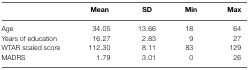
<table><thead><tr><td></td><td><b>Mean</b></td><td><b>SD</b></td><td><b>Min</b></td><td><b>Max</b></td></tr></thead><tbody><tr><td>Age</td><td>34.05</td><td>13.66</td><td>18</td><td>64</td></tr><tr><td>Years of education</td><td>16.27</td><td>2.83</td><td>9</td><td>27</td></tr><tr><td>WTAR scaled score</td><td>112.30</td><td>8.11</td><td>83</td><td>129</td></tr><tr><td>MADRS</td><td>1.79</td><td>3.01</td><td>0</td><td>26</td></tr></tbody></table>